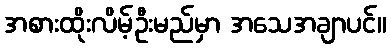
အစားထိုးလိမ့်ဦးမည်မှာ အသေအချာပင်။